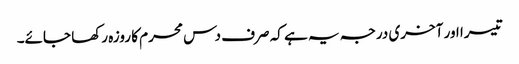
تیسرا اور آخری درجہ یہ ہے کہ صرف دس محرم کا روزہ رکھا جائے۔